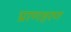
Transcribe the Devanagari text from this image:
प्राणहरण